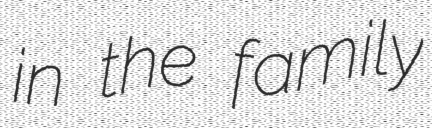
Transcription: in the family